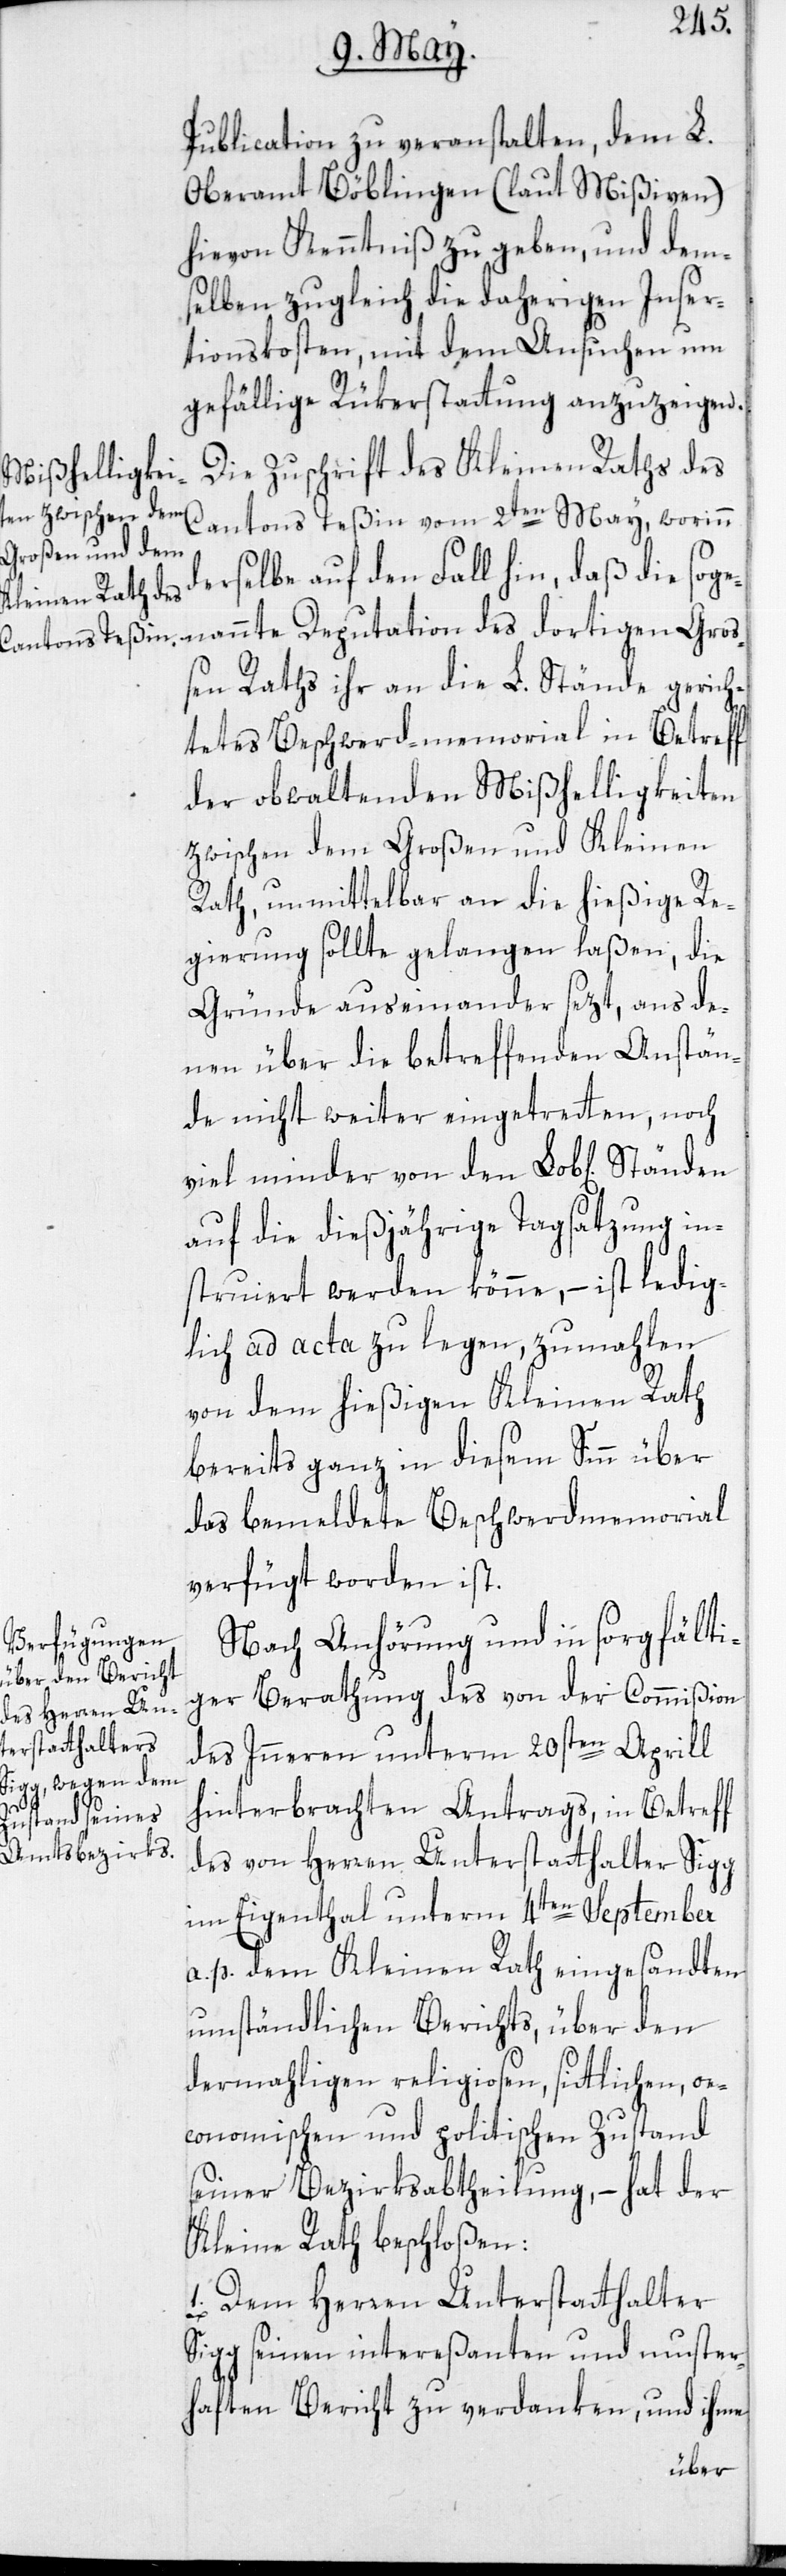
Publication zu veranstalten, dem L.
Oberamt Böblingen (laut Mißiven)
hievon Kenntniß zu geben, und dem¬
selben zugleich die daherigen Inser¬
tionskosten, mit dem Ansuchen um
gefällige Rükerstattung anzuzeigen.
Die Zuschrift des Kleinen Raths des
Cantons Teßin vom 2ten May, worinn
erselbe auf den Fall hin, daß die sogen¬
ßen Raths ihr an die L. Stände gerich¬
tetes Beschwerd-memorial in Betreff
der obwaltenden Mißhelligkeiten
zwischen dem Großen und Kleinen
Rath, unmittelbar an die hießige Re¬
gierung sollte gelangen laßen, die
Gründe auseinander sezt, aus de¬
nen über die betreffenden Anstän¬
de nicht weiter eingetretten, noch
viel minder von den Lob[lichen]
auf die dießjährige Tagsatzung in¬
struiert werden könne, – ist ledig¬
lich ad acta zu legen, zumahlen
von dem hießigen Kleinen Rath
bereits ganz in diesem Sinn über
das bemeldete Beschwerdmemorial
verfügt worden ist.
Nach Anhörung und in sorgfälti¬
ger Berathung des von der Commißion
des Inneren unterm 20sten Aprill
Gro¬
hinterbrachten Antrags, in Betreff
des von Herren Unterstatthalter Sigg
im Eigenthal unterm 4ten September
a. p. dem Kleinen Rath eingesandten
umständlichen Berichts, über den
dermahligen religiosen, sittlichen, oe¬
conomischen und politischen Zustand
seiner Bezirksabtheilung, – hat der
Kleine Rath beschloßen:
1. Dem Herren Unterstatthalter
Sigg seinen intereßanten und muster¬
haften Bericht zu verdanken, und ihme